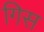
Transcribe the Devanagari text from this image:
गिस